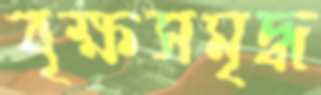
বৃক্ষসমৃদ্ধ